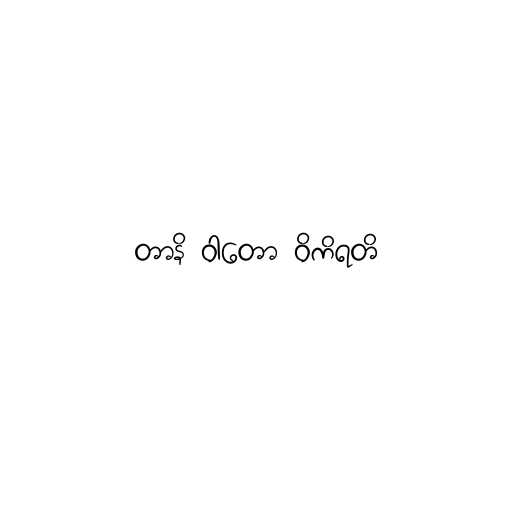
တာနိ ဝါတော ဝိကိရတိ